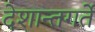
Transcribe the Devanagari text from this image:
देशान्तगर्ते